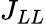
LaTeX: J_{LL}